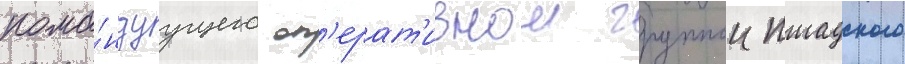
кома́ндуущего оп'ерат'ивнои группои пшадского